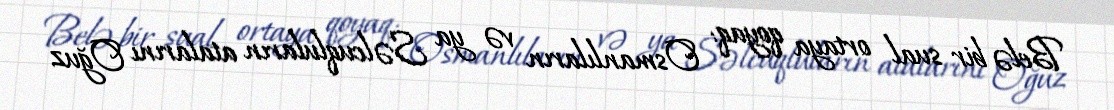
Belə bir sual ortaya qoyaq: Osmanlıların və ya Səlcuqluların atalarını Oğuz